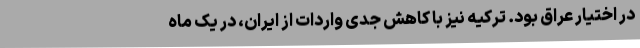
در اختیار عراق بود. ترکیه نیز با کاهش جدی واردات از ایران، در یک ماه